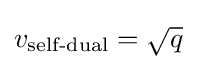
v_{\text{self-dual}}={\sqrt {q}}